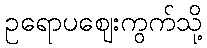
ဥရောပဈေးကွက်သို့